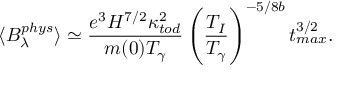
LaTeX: \langle B _ { \lambda } ^ { p h y s } \rangle \simeq \frac { e ^ { 3 } H ^ { 7 / 2 } \kappa _ { t o d } ^ { 2 } } { m ( 0 ) T _ { \gamma } } \left( \frac { T _ { I } } { T _ { \gamma } } \right) ^ { - 5 / 8 b } t _ { m a x } ^ { 3 / 2 } .